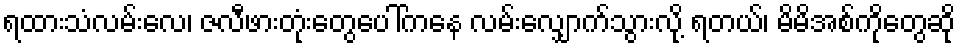
ရထားသံလမ်းလေ၊ ဇလီဖားတုံးတွေပေါ်ကနေ လမ်းလျှောက်သွားလို့ ရတယ်၊ မိမိအစ်ကိုတွေဆို